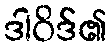
ဒါဝိဒ်၏